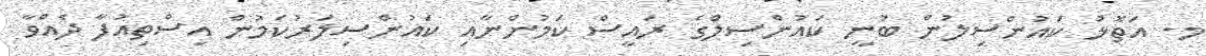
މ. އަތޮޅު ކައުންސިލުން ބުނީ ކައުންސިލްގެ ރައީސް ކަމުންނާއި ކައުންސިލަރުކަމުން އިސްތިއުފާ ދެއްވާ